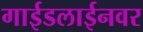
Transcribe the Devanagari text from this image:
गाईडलाईनवर